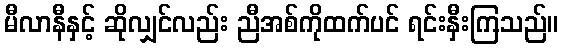
မီလာနီနှင့် ဆိုလျှင်လည်း ညီအစ်ကိုထက်ပင် ရင်းနှီးကြသည်။